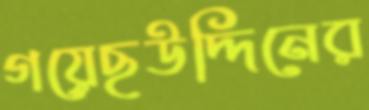
গয়েছউদ্দিনের